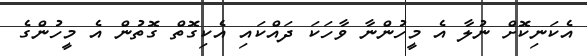
އެކަނިކޮށް ނުލާ އެ މީހުންނާ ވާހަކަ ދައްކައި އެކިގޮތް ގޮތުން އެ މީހުންގެ